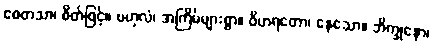
စေတသာ၊ စိတ်ဖြင့်။ ဗဟုလံ၊ အကြိမ်များစွာ။ ဝိဟရတော၊ နေသော။ ဘိက္ခုနော၊